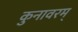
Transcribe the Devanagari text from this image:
कुनावरम्